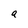
Character: a